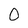
Character: 0